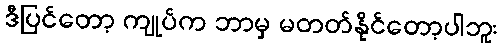
ဒီပြင်တော့ ကျုပ်က ဘာမှ မတတ်နိုင်တော့ပါဘူး